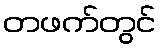
တဖက်တွင်